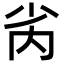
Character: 𫴻